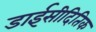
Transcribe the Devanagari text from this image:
डाईसीदितिक